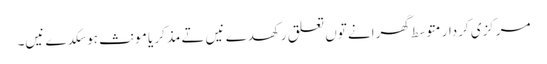
مرکزی کردار متوسط گھرانے تو‏ں تعلق رکھدے نیں تے مذکر یا مونث ہوسکدے نیں۔